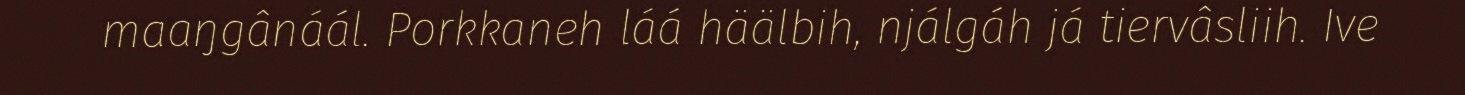
maaŋgânáál. Porkkaneh láá häälbih, njálgáh já tiervâsliih. Ive